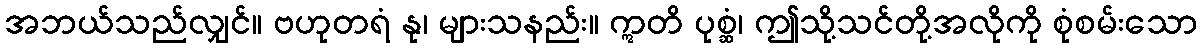
အဘယ်သည်လျှင်။ ဗဟုတရံ နု၊ များသနည်း။ ဣတိ ပုစ္ဆံ၊ ဤသို့သင်တို့အလိုကို စုံစမ်းသော